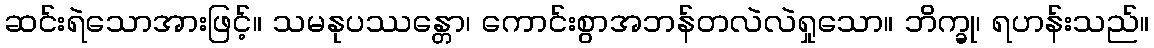
ဆင်းရဲသောအားဖြင့်။ သမနုပဿန္တော၊ ကောင်းစွာအဘန်တလဲလဲရှုသော။ ဘိက္ခု၊ ရဟန်းသည်။